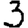
Digit: 3